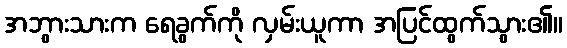
အဘွားသားက ရေခွက်ကို လှမ်းယူကာ အပြင်ထွက်သွား၏။